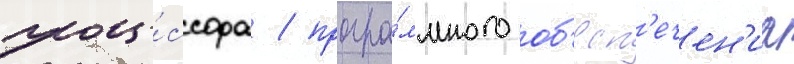
проце́ссора / програ́ммного об'есп'ечен'иа